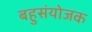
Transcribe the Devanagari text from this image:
बहुसंयोजक